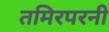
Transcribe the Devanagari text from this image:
तमिरपरनी